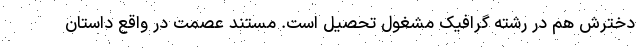
دخترش هم در رشته گرافیک مشغول تحصیل است. مستند عصمت در واقع داستان